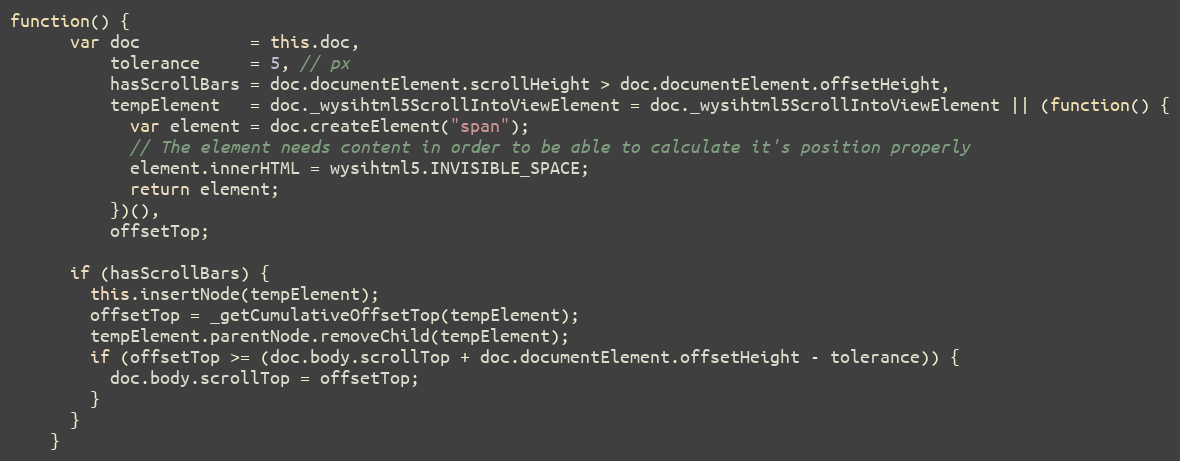
Language: JavaScript
function() {
      var doc           = this.doc,
          tolerance     = 5, // px
          hasScrollBars = doc.documentElement.scrollHeight > doc.documentElement.offsetHeight,
          tempElement   = doc._wysihtml5ScrollIntoViewElement = doc._wysihtml5ScrollIntoViewElement || (function() {
            var element = doc.createElement("span");
            // The element needs content in order to be able to calculate it's position properly
            element.innerHTML = wysihtml5.INVISIBLE_SPACE;
            return element;
          })(),
          offsetTop;

      if (hasScrollBars) {
        this.insertNode(tempElement);
        offsetTop = _getCumulativeOffsetTop(tempElement);
        tempElement.parentNode.removeChild(tempElement);
        if (offsetTop >= (doc.body.scrollTop + doc.documentElement.offsetHeight - tolerance)) {
          doc.body.scrollTop = offsetTop;
        }
      }
    }